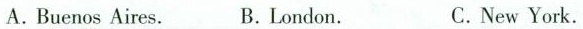
A. Buenos Aires. B.London. C.New York.